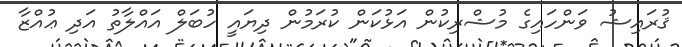
ޤުރައިޝު ވަންހައިގެ މުޝްރިކުން އަޅުކަން ކުރަމުން ދިޔައީ ހުބަލް އައްލާތު އަދި ޢުއްޒާ